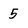
Character: 5